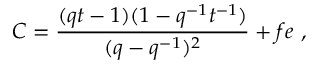
C = \frac { ( q t - 1 ) ( 1 - q ^ { - 1 } t ^ { - 1 } ) } { ( q - q ^ { - 1 } ) ^ { 2 } } + f e ~ ,